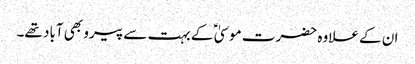
ان کے علاوہ حضرت موسیٰ ؑ کے بہت سے پیرو بھی آباد تھے۔